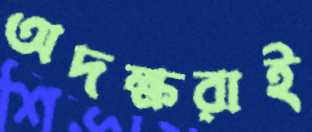
অদক্ষরাই